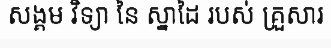
សង្គម វិទ្យា នៃ ស្នាដៃ របស់ គ្រួសារ